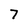
Character: 7